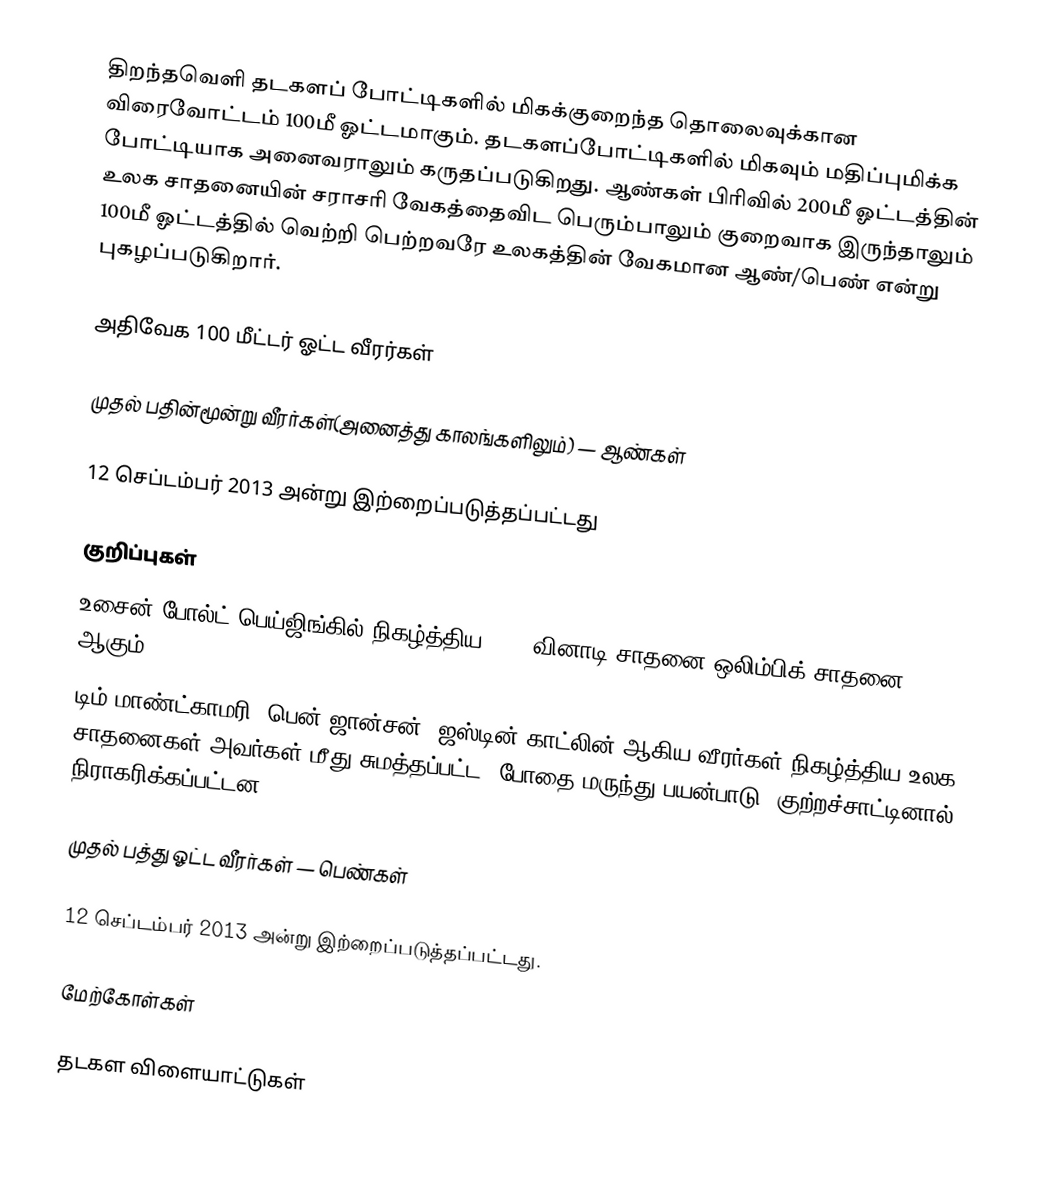
திறந்தவெளி தடகளப் போட்டிகளில் மிகக்குறைந்த தொலைவுக்கான விரைவோட்டம் 100மீ ஓட்டமாகும். தடகளப்போட்டிகளில் மிகவும் மதிப்புமிக்க போட்டியாக அனைவராலும் கருதப்படுகிறது. ஆண்கள் பிரிவில் 200மீ ஓட்டத்தின் உலக சாதனையின் சராசரி வேகத்தைவிட பெரும்பாலும் குறைவாக இருந்தாலும் 100மீ ஓட்டத்தில் வெற்றி பெற்றவரே உலகத்தின் வேகமான ஆண்/பெண் என்று புகழப்படுகிறார்.

அதிவேக 100 மீட்டர் ஓட்ட வீரர்கள்

முதல் பதின்மூன்று வீரர்கள்(அனைத்து காலங்களிலும்) — ஆண்கள்

12 செப்டம்பர் 2013 அன்று இற்றைப்படுத்தப்பட்டது

குறிப்புகள்
 உசைன் போல்ட் பெய்ஜிங்கில் நிகழ்த்திய 9.69 வினாடி சாதனை ஒலிம்பிக் சாதனை ஆகும்.
 டிம் மாண்ட்காமரி, பென் ஜான்சன், ஜஸ்டின் காட்லின் ஆகிய வீரர்கள் நிகழ்த்திய உலக சாதனைகள் அவர்கள் மீது சுமத்தப்பட்ட 'போதை-மருந்து பயன்பாடு' குற்றச்சாட்டினால் நிராகரிக்கப்பட்டன.

முதல் பத்து ஓட்ட வீரர்கள் — பெண்கள்

12 செப்டம்பர் 2013 அன்று இற்றைப்படுத்தப்பட்டது.

மேற்கோள்கள்

தடகள விளையாட்டுகள்